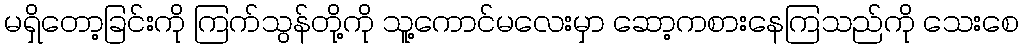
မရှိတော့ခြင်းကို ကြက်သွန်တို့ကို သူ့ကောင်မလေးမှာ ဆော့ကစားနေကြသည်ကို သေးစေ